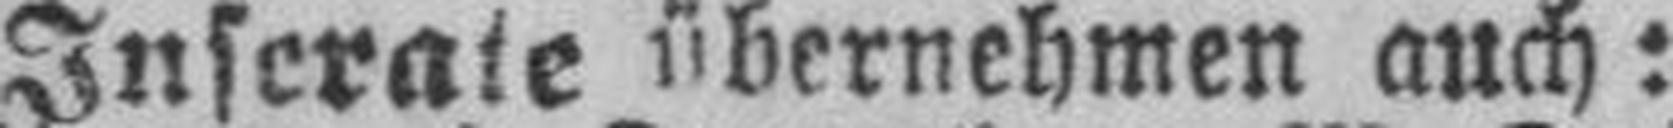
Inserate übernehmen auch: